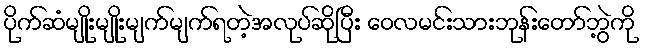
ပိုက်ဆံမျိုးမျိုးမျက်မျက်ရတဲ့အလုပ်ဆိုပြီး ဝေလမင်းသားဘုန်းတော်ဘွဲ့ကို